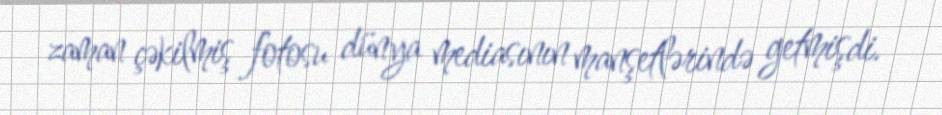
zaman çəkilmiş fotosu dünya mediasının manşetlərində getmişdi.